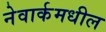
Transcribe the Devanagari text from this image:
नेवार्कमधील